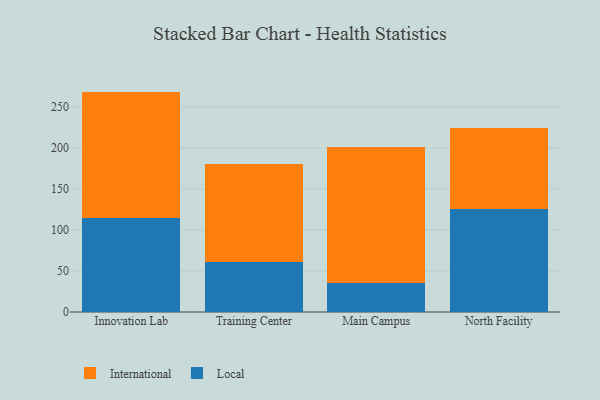
{"axis": {"x": "Campus", "y": "Page Views"}, "legend": ["International", "Local"], "data": [{"x": "Innovation Lab", "y": 114.6, "type": "Local"}, {"x": "Innovation Lab", "y": 154.1, "type": "International"}, {"x": "Training Center", "y": 60.7, "type": "Local"}, {"x": "Training Center", "y": 119.4, "type": "International"}, {"x": "Main Campus", "y": 35.6, "type": "Local"}, {"x": "Main Campus", "y": 165.7, "type": "International"}, {"x": "North Facility", "y": 125.9, "type": "Local"}, {"x": "North Facility", "y": 98.3, "type": "International"}]}